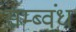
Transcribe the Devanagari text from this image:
सम्ब्वंध